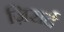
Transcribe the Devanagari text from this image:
ज़िरार्द